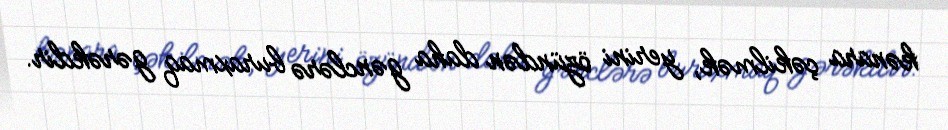
kənara çəkilmək, yerini özündən daha gənclərə buraxmaq gərəkdir.